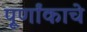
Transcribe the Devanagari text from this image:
पूर्णांकाचे